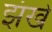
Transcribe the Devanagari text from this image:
झंखे